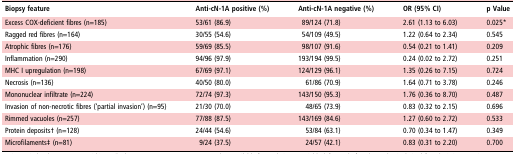
| Biopsy feature | Anti-cN-1A positive (%) | Anti-cN-1A negative (%) | OR (95% CI) | p Value |
 | --- | --- | --- | --- | --- |
 | Excess COX-deficient fibres (n=185) | 53/61 (86.9) | 89/124 (71.8) | 2.61 (1.13 to 6.03) | 0.025* |
 | Ragged red fibres (n=164) | 30/55 (54.6) | 54/109 (49.5) | 1.22 (0.64 to 2.34) | 0.545 |
 | Atrophic fibres (n=176) | 59/69 (85.5) | 98/107 (91.6) | 0.54 (0.21 to 1.41) | 0.209 |
 | Inflammation (n=290) | 94/96 (97.9) | 193/194 (99.5) | 0.24 (0.02 to 2.72) | 0.251 |
 | MHC I upregulation (n=198) | 67/69 (97.1) | 124/129 (96.1) | 1.35 (0.26 to 7.15) | 0.724 |
 | Necrosis (n=136) | 40/50 (80.0) | 61/86 (70.9) | 1.64 (0.71 to 3.78) | 0.246 |
 | Mononuclear infiltrate (n=224) | 72/74 (97.3) | 143/150 (95.3) | 1.76 (0.36 to 8.70) | 0.487 |
 | Invasion of non-necrotic fibres (‘partial invasion’) (n=95) | 21/30 (70.0) | 48/65 (73.9) | 0.83 (0.32 to 2.15) | 0.696 |
 | Rimmed vacuoles (n=257) | 77/88 (87.5) | 143/169 (84.6) | 1.27 (0.60 to 2.72) | 0.533 |
 | Protein deposits† (n=128) | 24/44 (54.6) | 53/84 (63.1) | 0.70 (0.34 to 1.47) | 0.349 |
 | Microfilaments‡ (n=81) | 9/24 (37.5) | 24/57 (42.1) | 0.83 (0.31 to 2.20) | 0.700 |